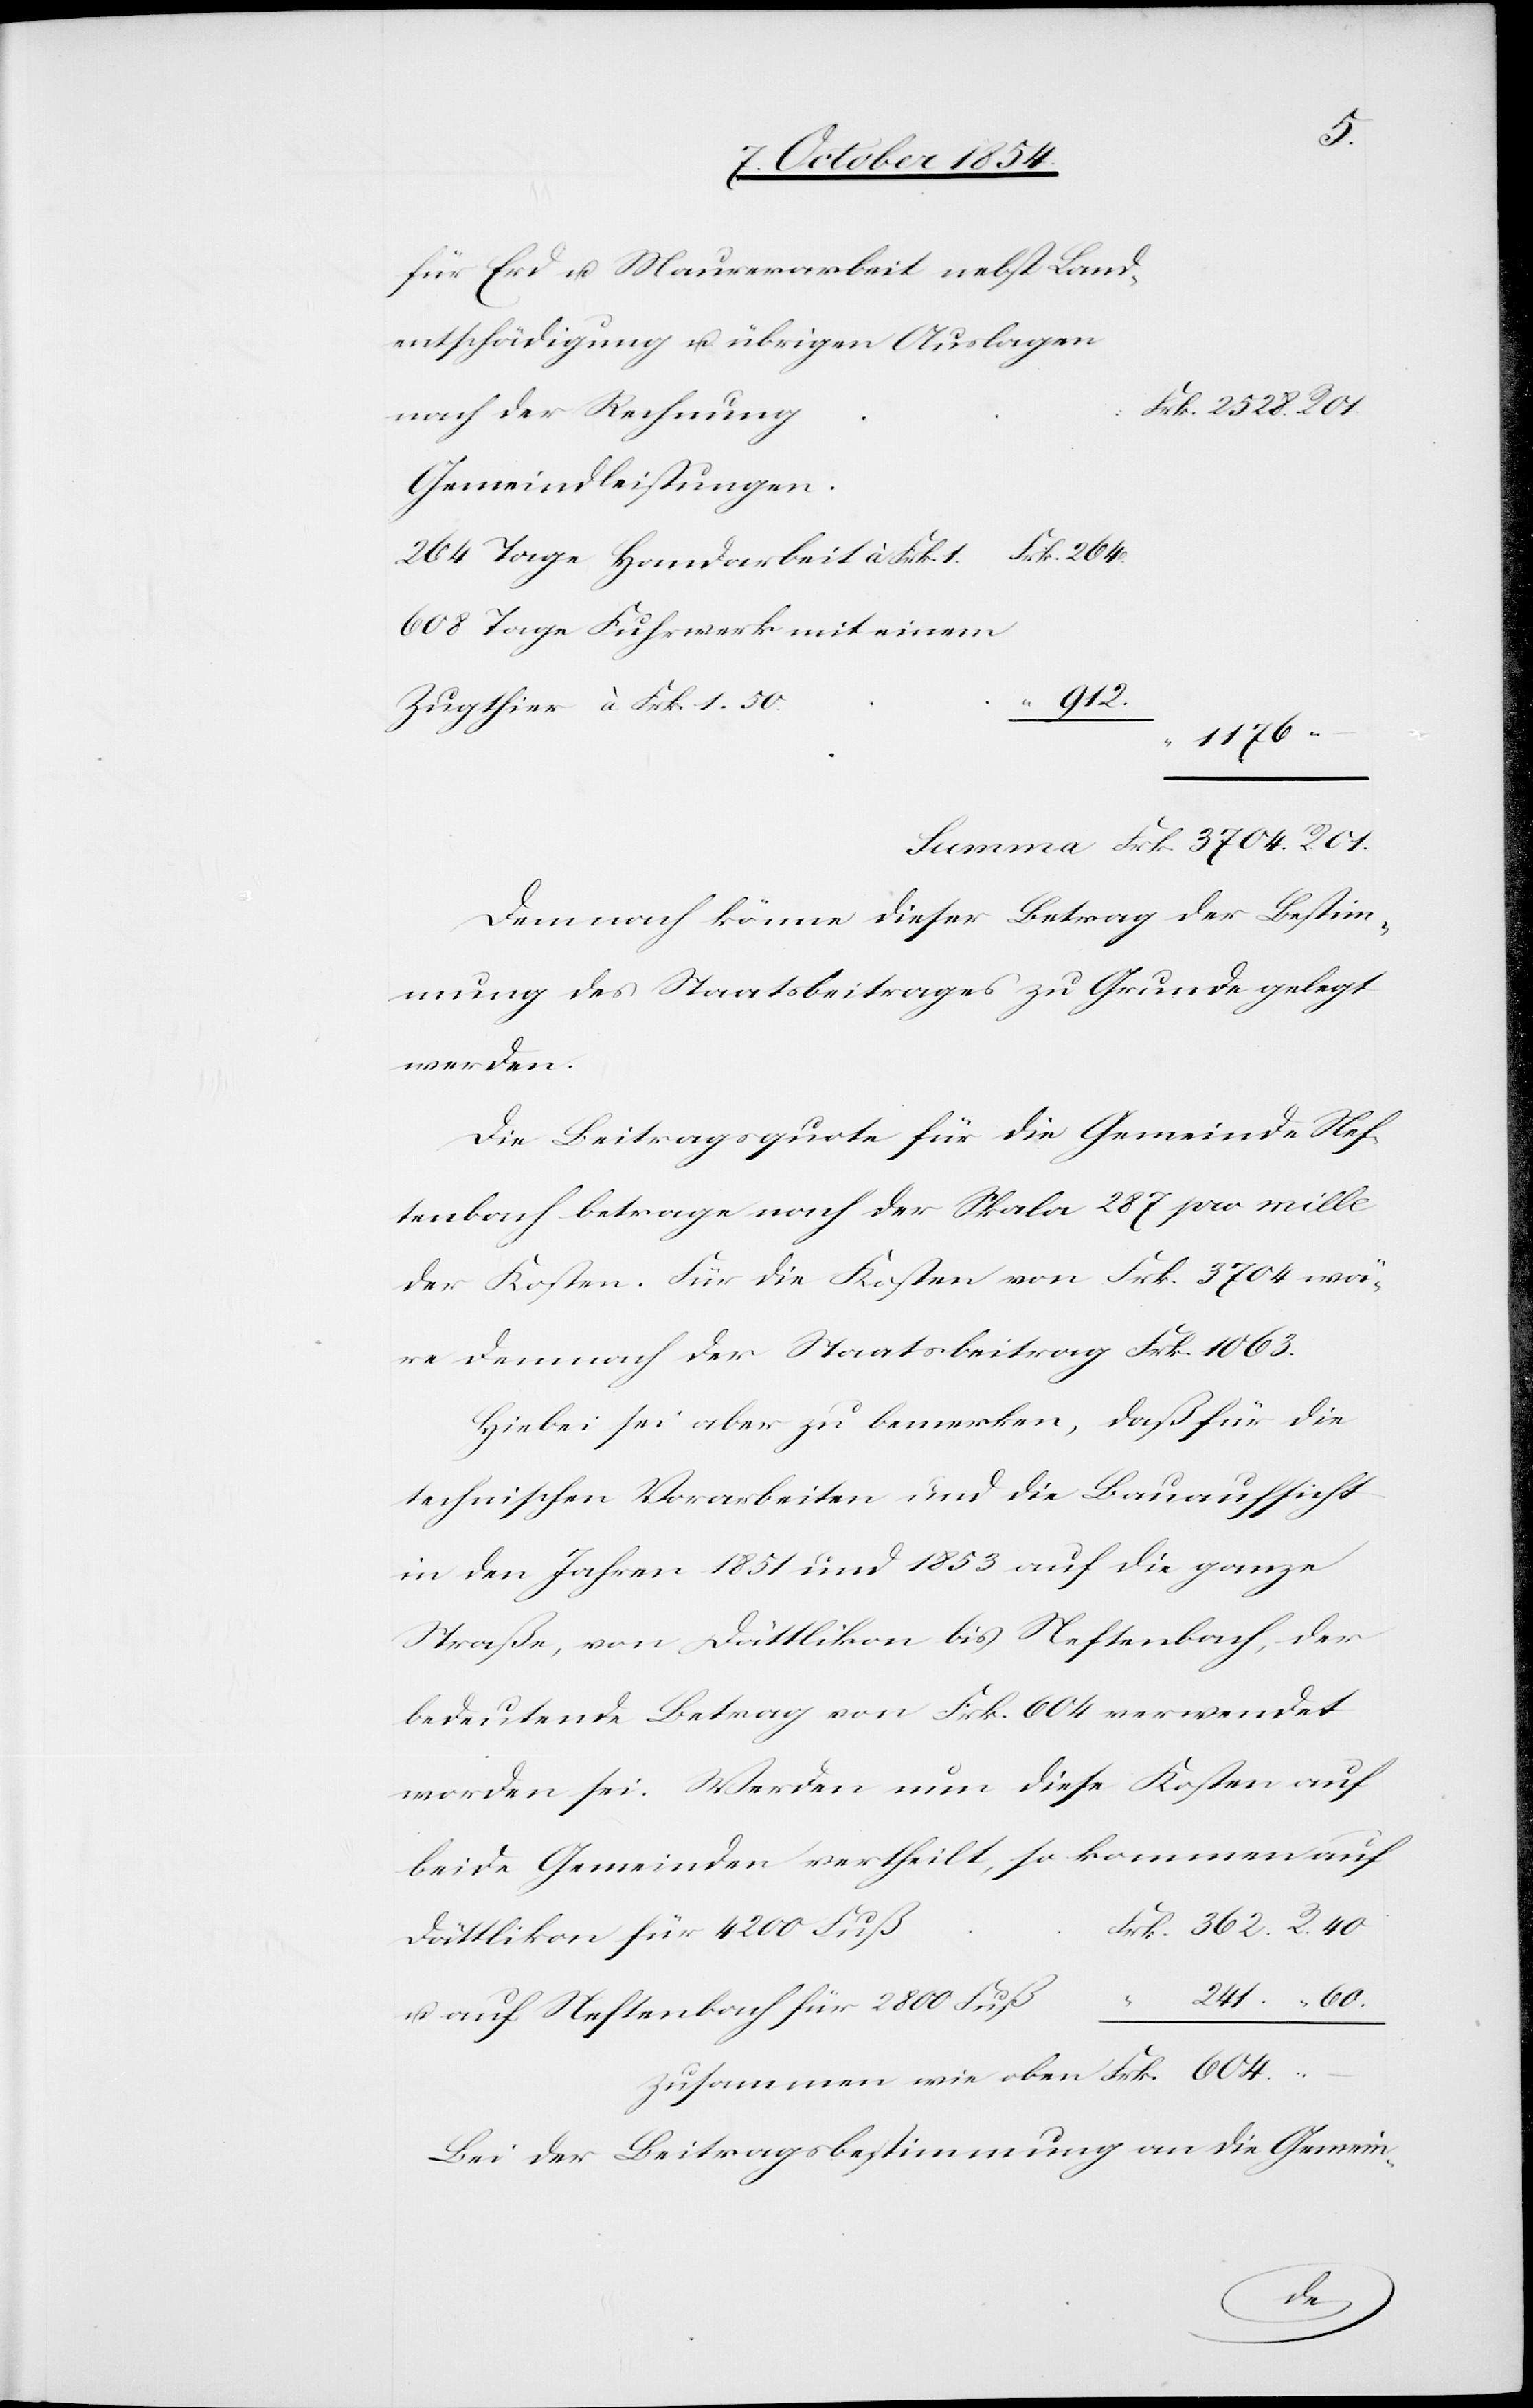
für Erd[-] u. Maurerarbeit nebst Land¬
entschädigung u. übrigen Auslagen
nach der Rechnung
Gemeindleistungen
264 Tage Handarbeit à Frk. 1.
608 Tage Fuhrwerk mit einem
Zugthier à Frk. 1. 50.
1176.
Demnach könne dieser Betrag der Bestim¬
mung des Staatsbeitrages zu Grunde gelegt
werden.
Die Beitragsquote für die Gemeinde Nef¬
tenbach betrage nach der Skala 287 pro mille
der Kosten. Für die Kosten von Frk. 3704 wä¬
re demnach der Staatsbeitrag 1063.
Hiebei sei aber zu bemerken, daß für die
technischen Vorarbeiten und die Bauaufsicht
in den Jahren 1851 und 1853 auf die ganze
Straße, von Dättlikon bis Neftenbach, der
bedeutende Betrag von Frk. 604 verwendet
worden sei. Werden nun diese Kosten auf
beide Gemeinden vertheilt, so kommen auf
Dättlikon für 4200 Fuß
241.
u. auf Neftenbach für 2800 Fuß
Bei der Beitragsbestimmung an die Gemein-
R.